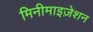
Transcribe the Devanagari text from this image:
मिनीमाइज़ेशन